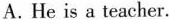
A.He is a teacher.